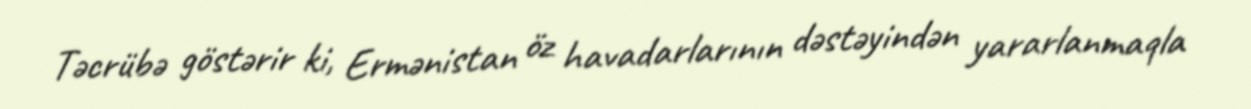
Təcrübə göstərir ki, Ermənistan öz havadarlarının dəstəyindən yararlanmaqla